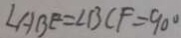
\angle A B E = \angle B C F = 9 0 ^ { \circ }